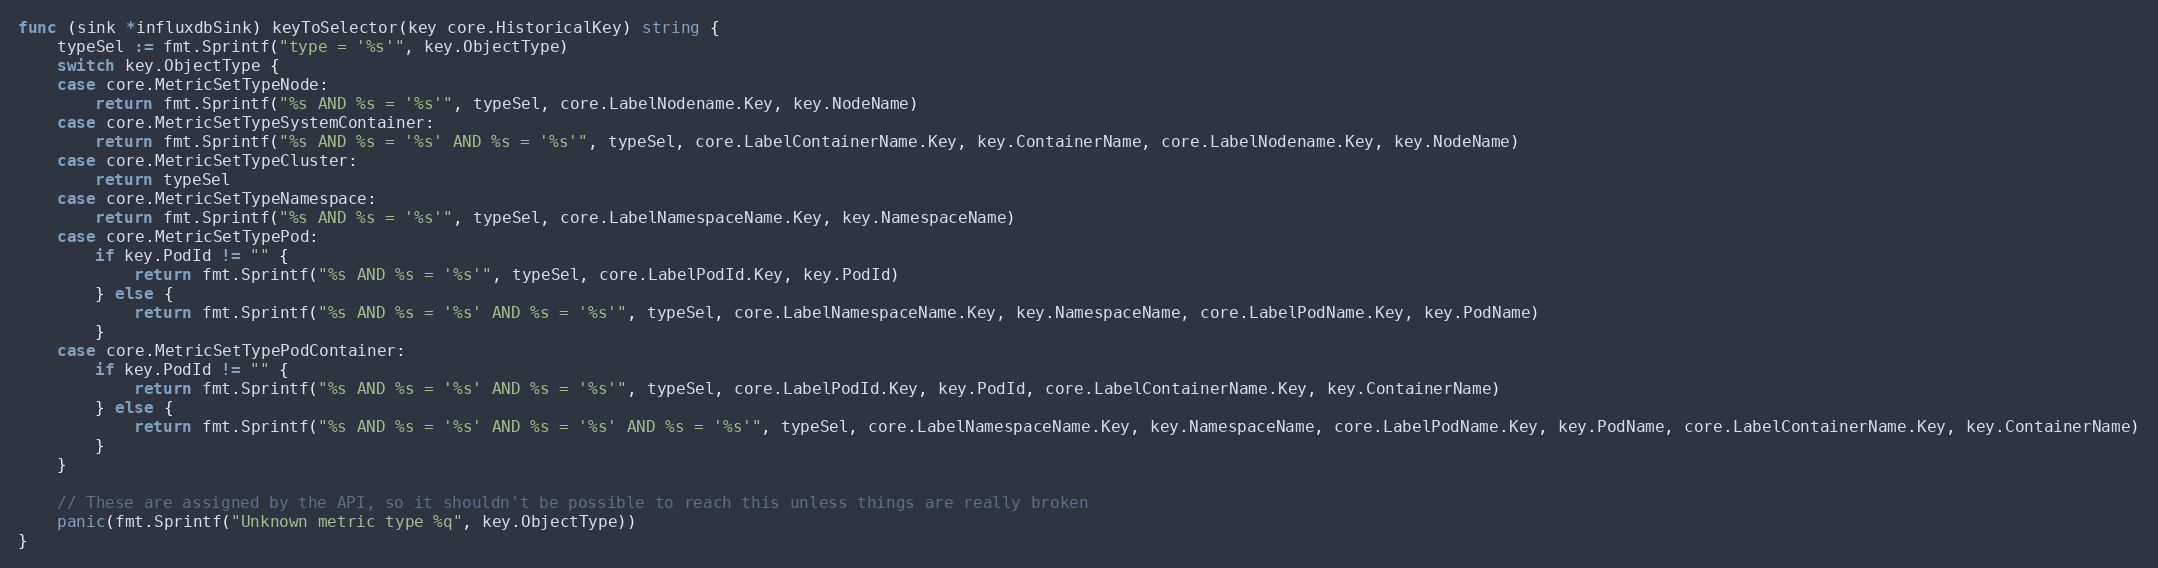
Language: Go
func (sink *influxdbSink) keyToSelector(key core.HistoricalKey) string {
	typeSel := fmt.Sprintf("type = '%s'", key.ObjectType)
	switch key.ObjectType {
	case core.MetricSetTypeNode:
		return fmt.Sprintf("%s AND %s = '%s'", typeSel, core.LabelNodename.Key, key.NodeName)
	case core.MetricSetTypeSystemContainer:
		return fmt.Sprintf("%s AND %s = '%s' AND %s = '%s'", typeSel, core.LabelContainerName.Key, key.ContainerName, core.LabelNodename.Key, key.NodeName)
	case core.MetricSetTypeCluster:
		return typeSel
	case core.MetricSetTypeNamespace:
		return fmt.Sprintf("%s AND %s = '%s'", typeSel, core.LabelNamespaceName.Key, key.NamespaceName)
	case core.MetricSetTypePod:
		if key.PodId != "" {
			return fmt.Sprintf("%s AND %s = '%s'", typeSel, core.LabelPodId.Key, key.PodId)
		} else {
			return fmt.Sprintf("%s AND %s = '%s' AND %s = '%s'", typeSel, core.LabelNamespaceName.Key, key.NamespaceName, core.LabelPodName.Key, key.PodName)
		}
	case core.MetricSetTypePodContainer:
		if key.PodId != "" {
			return fmt.Sprintf("%s AND %s = '%s' AND %s = '%s'", typeSel, core.LabelPodId.Key, key.PodId, core.LabelContainerName.Key, key.ContainerName)
		} else {
			return fmt.Sprintf("%s AND %s = '%s' AND %s = '%s' AND %s = '%s'", typeSel, core.LabelNamespaceName.Key, key.NamespaceName, core.LabelPodName.Key, key.PodName, core.LabelContainerName.Key, key.ContainerName)
		}
	}

	// These are assigned by the API, so it shouldn't be possible to reach this unless things are really broken
	panic(fmt.Sprintf("Unknown metric type %q", key.ObjectType))
}